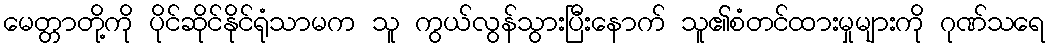
မေတ္တာတို့ကို ပိုင်ဆိုင်နိုင်ရုံသာမက သူ ကွယ်လွန်သွားပြီးနောက် သူ၏စံတင်ထားမှုများကို ဂုဏ်သရေ